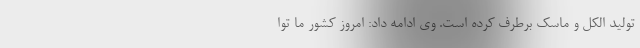
تولید الکل و ماسک برطرف کرده است. وی ادامه داد: امروز کشور ما توا